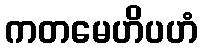
ကတမေဟိပဟံ